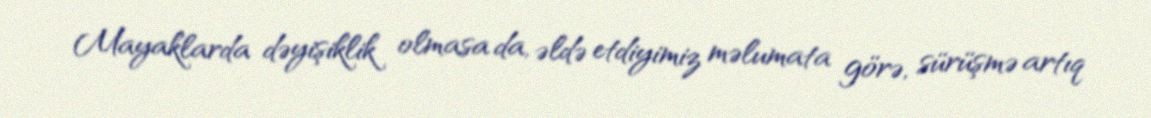
Mayaklarda dəyişiklik olmasa da, əldə etdiyimiz məlumata görə, sürüşmə artıq